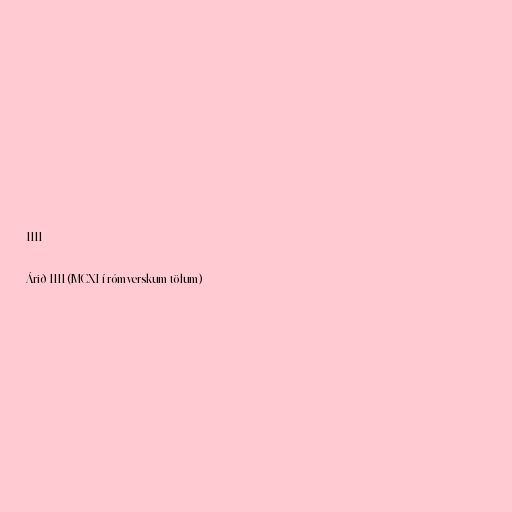
1111

Árið 1111 (MCXI í rómverskum tölum)